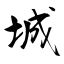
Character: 城